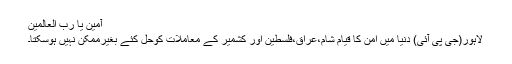
آمین یا رب العالمین
لاہور(جی پی آئی) دنیا میں امن کا قیام شام،عراق،فلسطین اور کشمیر کے معاملات کوحل کئے بغیرممکن نہیں ہوسکتا۔